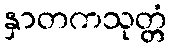
နှာတကသုတ္တံ